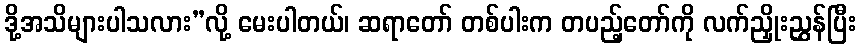
ဒို့အသိများပါသလား”လို့ မေးပါတယ်၊ ဆရာတော် တစ်ပါးက တပည့်တော်ကို လက်ညှိုးညွှန်ပြီး